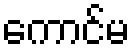
ကောင်မ